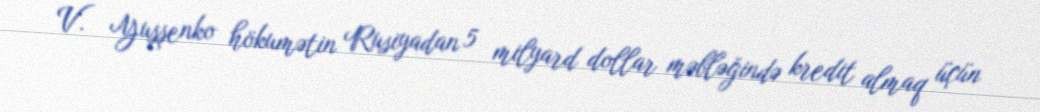
V. Yuşşenko hökumətin Rusiyadan 5 milyard dollar məbləğində kredit almaq üçün